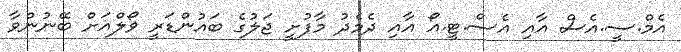
އެމް.ސީ.އެސް އާއި އެސް.ޓީ.އޯ އާއި ދެމެދު މާފުށީ ޖަލުގެ ބައުންޑަރީ ވޯލްއަށް ބޭނުންވާ